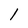
Character: 1